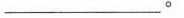
___。